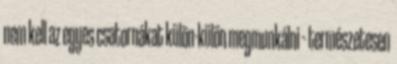
nem kell az egyes csatornákat külön-külön megmunkálni – természetesen